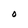
Character: O